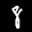
Label: 8